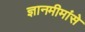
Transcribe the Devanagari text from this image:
ज्ञानमीमांसे